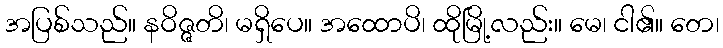
အပြစ်သည်။ နဝိဇ္ဇတိ၊ မရှိပေ။ အထောပိ၊ ထိုမြို့လည်း။ မေ၊ ငါ၏။ တေ၊